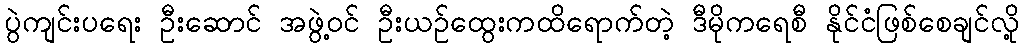
ပွဲကျင်းပရေး ဦးဆောင် အဖွဲ့ဝင် ဦးယဉ်ထွေးကထိရောက်တဲ့ ဒီမိုကရေစီ နိုင်ငံဖြစ်စေချင်လို့